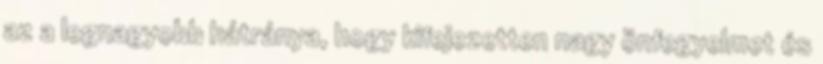
az a legnagyobb hátránya, hogy kifejezetten nagy önfegyelmet és